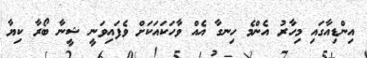
އިންޑިއާގައި މިހާރު އެންމެ ހިނގާ އެއް ވާހަކައަކަށް ވެފައިވަނީ ޝީނާ ބޯރާ ކިޔާ